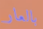
بالعار